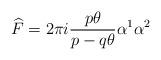
LaTeX: \begin{align*}\widehat{F}=2\pi i\frac{p\theta }{p-q\theta }\alpha ^{1}\alpha ^{2}\end{align*}